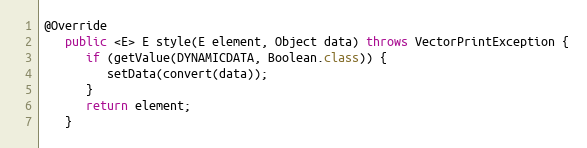
Language: Java
@Override
   public <E> E style(E element, Object data) throws VectorPrintException {
      if (getValue(DYNAMICDATA, Boolean.class)) {
         setData(convert(data));
      }
      return element;
   }